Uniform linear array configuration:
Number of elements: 16
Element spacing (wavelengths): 1
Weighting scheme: hann
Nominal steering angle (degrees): -60
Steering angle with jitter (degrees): -60.029
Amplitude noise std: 0.05
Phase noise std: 0.05

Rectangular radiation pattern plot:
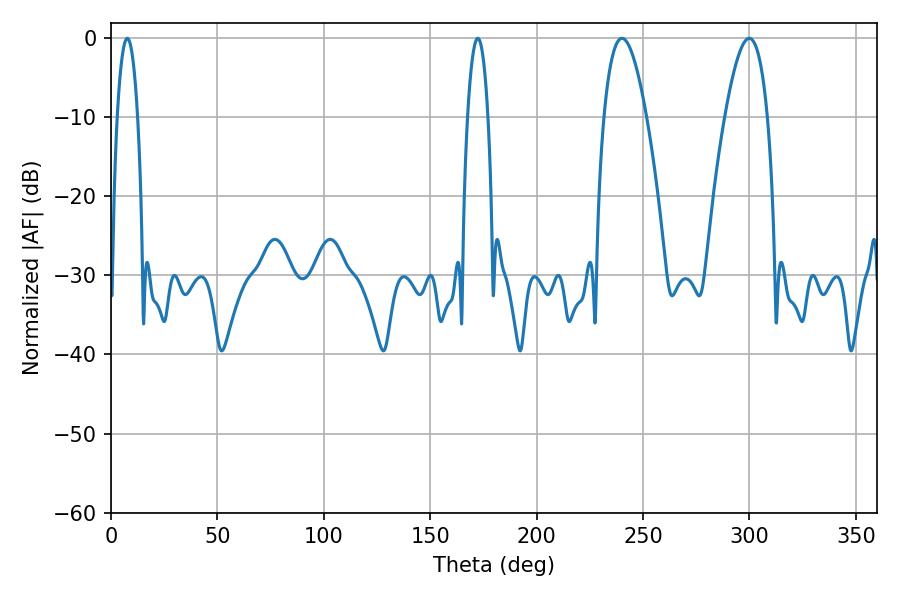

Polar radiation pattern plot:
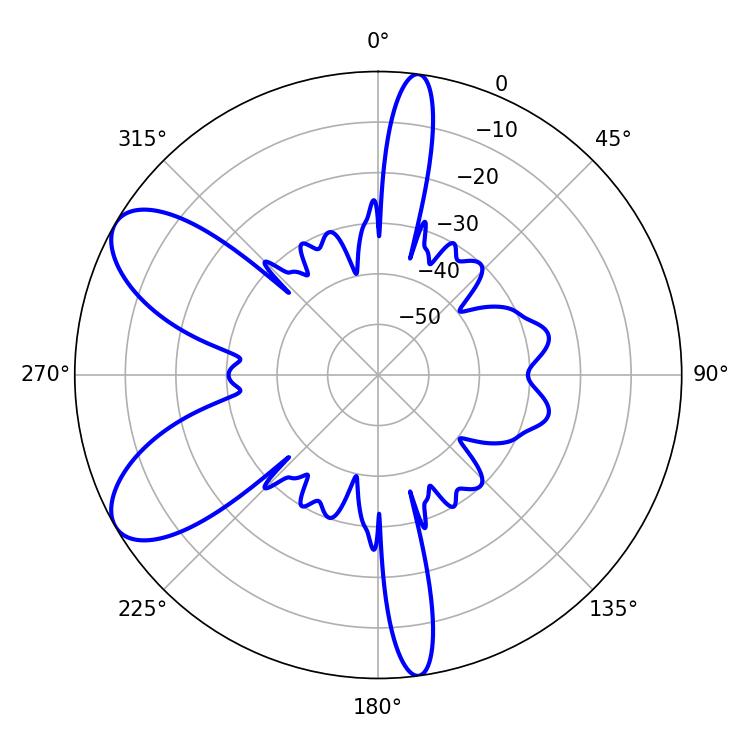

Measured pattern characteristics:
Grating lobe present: TRUE
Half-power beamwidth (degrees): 10.98
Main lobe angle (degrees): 240.12